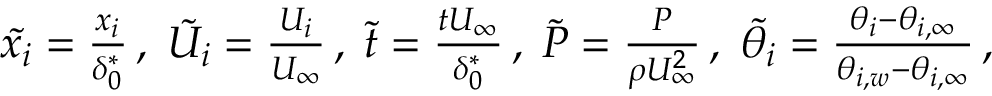
\begin{array} { r } { \tilde { { x } _ { i } } = \frac { x _ { i } } { \delta _ { 0 } ^ { * } } \, , \; \tilde { { U } _ { i } } = \frac { U _ { i } } { U _ { \infty } } \, , \; \tilde { t } = \frac { t U _ { \infty } } { \delta _ { 0 } ^ { * } } \, , \; \tilde { P } = \frac { P } { \rho U _ { \infty } ^ { 2 } } \, , \; \tilde { { \theta } _ { i } } = \frac { \theta _ { i } - \theta _ { i , \infty } } { \theta _ { i , w } - \theta _ { i , \infty } } \, , } \end{array}